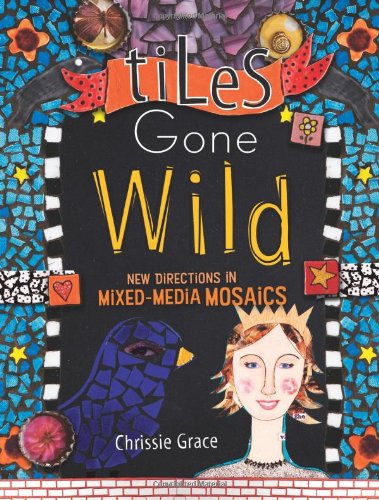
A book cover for Tiles Gone Wild: New Directions In Mixed Media Mosaics; Chrissie Grace; Crafts, Hobbies & Home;